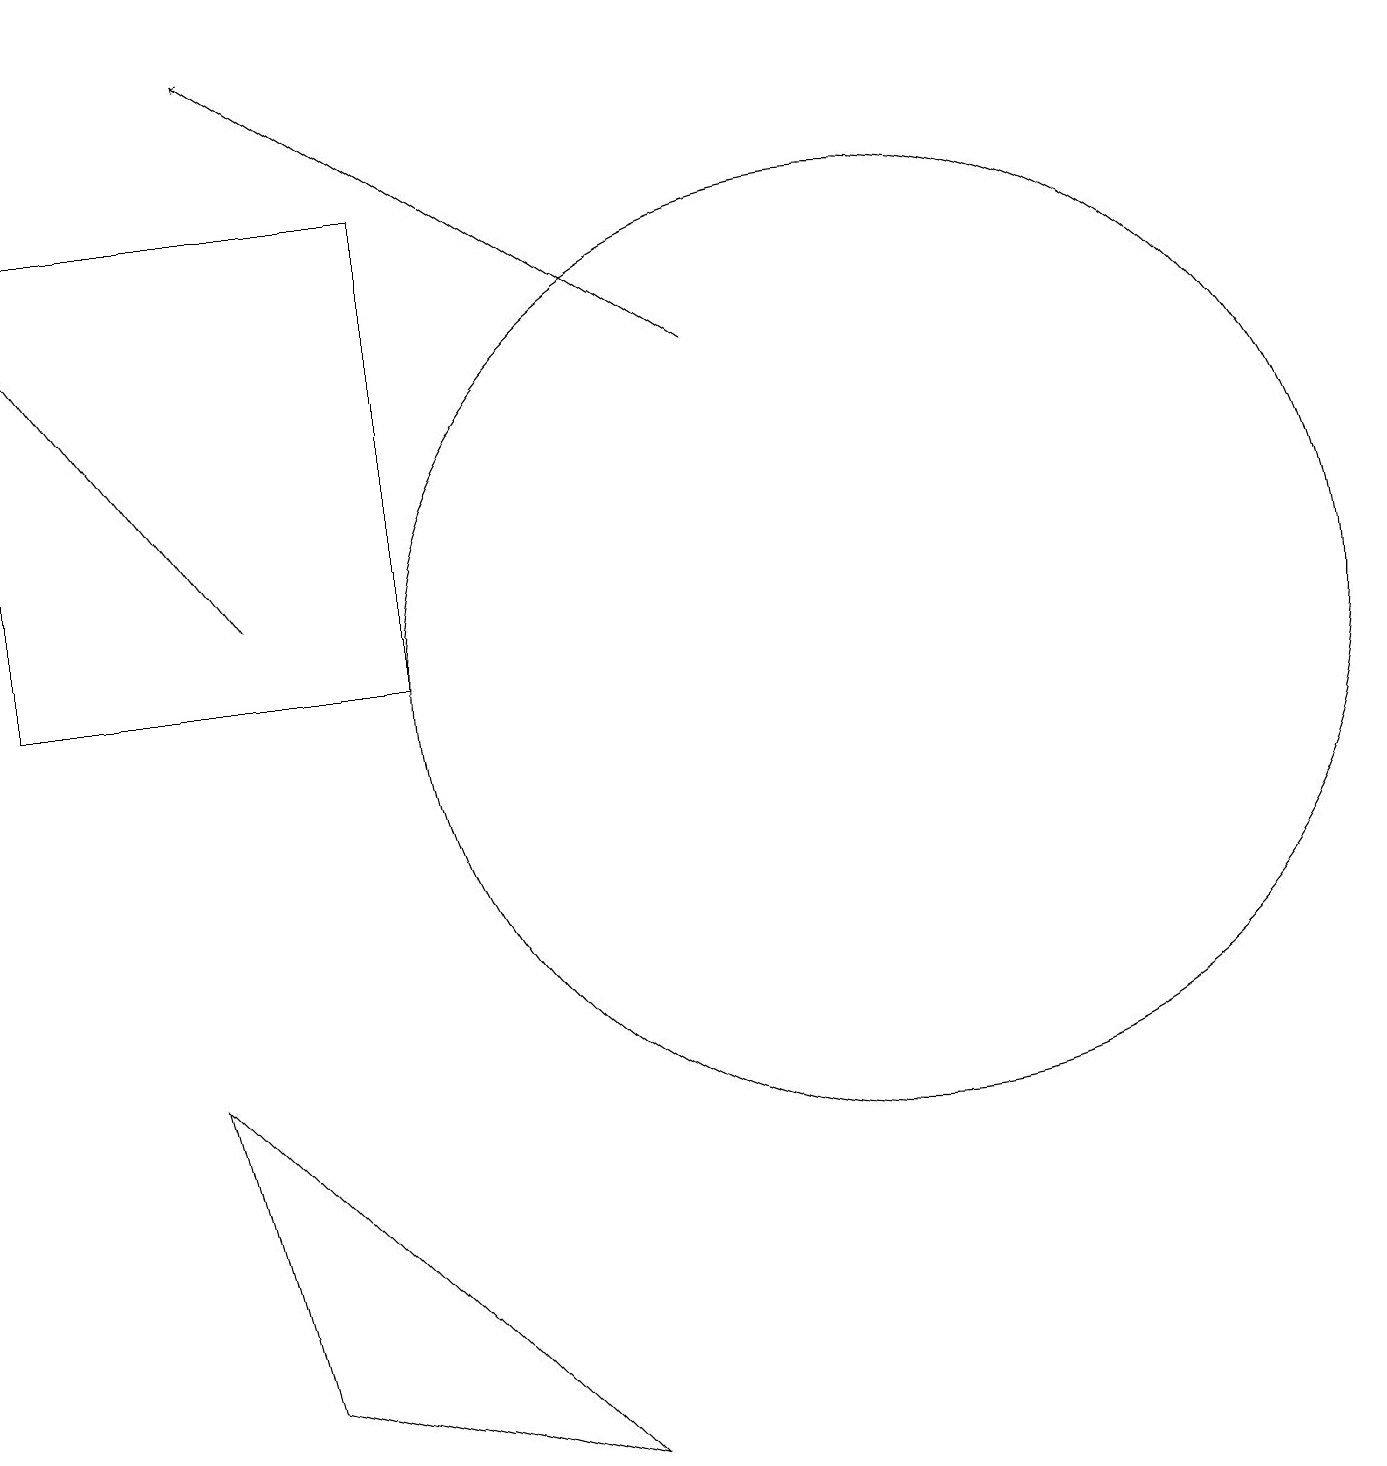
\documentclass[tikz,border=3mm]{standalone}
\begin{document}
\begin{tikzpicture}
\draw[->] (9,15) -- (3,19);
\draw (3,2) -- (7,1) -- (2,6) -- cycle;
\draw (0,11) rectangle (5,17);
\draw[->] (3,12) -- (0,16);
\draw (11,11) circle (6);
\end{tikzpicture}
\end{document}